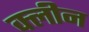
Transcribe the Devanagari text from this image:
क्‍लीन